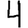
Digit: 4